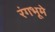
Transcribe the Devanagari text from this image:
रंगभूमे